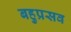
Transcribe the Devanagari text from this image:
बहुप्रसव